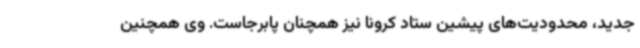
جدید، محدودیت‌های پیشین ستاد کرونا نیز همچنان پابرجاست. وی همچنین